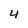
Character: 4